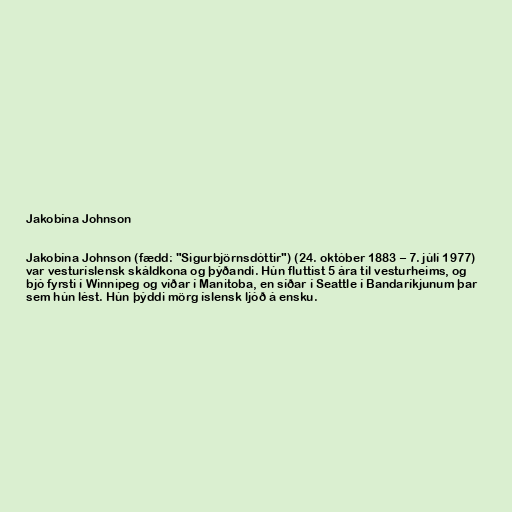
Jakobína Johnson

Jakobína Johnson (fædd: "Sigurbjörnsdóttir") (24. október 1883 – 7. júlí 1977)
var vesturíslensk skáldkona og þýðandi. Hún fluttist 5 ára til vesturheims, og
bjó fyrsti í Winnipeg og víðar í Manitoba, en síðar í Seattle í Bandaríkjunum þar
sem hún lést. Hún þýddi mörg íslensk ljóð á ensku.